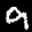
Digit: 7